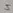
Text: 5